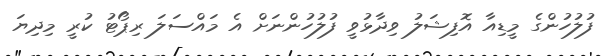
ފުލުހުންގެ މީޑިއާ އޮފިޝަލު ވިދާޅުވީ ފުލުހުންނަށް އެ މައްސަލަ ރިޕޯޓު ކުރީ މިދިޔަ